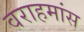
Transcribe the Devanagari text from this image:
वराहमांस